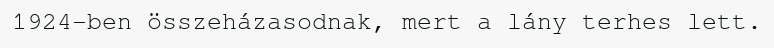
1924-ben összeházasodnak, mert a lány terhes lett.